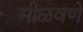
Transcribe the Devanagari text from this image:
मीळवणे